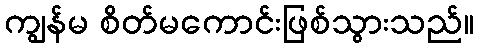
ကျွန်မ စိတ်မကောင်းဖြစ်သွားသည်။